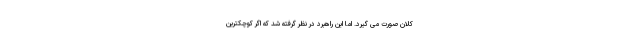
کلان صورت می گیرد. اما این راهبرد در نظر گرفته شد که اگر کوچکترین